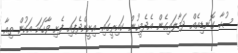
ސުހާ ގޮނޑިއެއް ދަމާލައިގެން އެދެމީހުން ކައިރީގައި އިށީންދެފައި ފެށި ވާހަކަ އަކުން ތިއާ